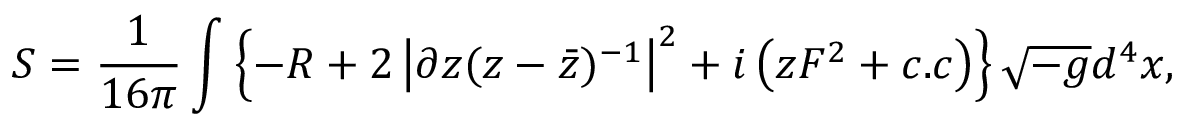
S = \frac { 1 } { 1 6 \pi } \int \left\{ - R + 2 \left| \partial z ( z - { \bar { z } } ) ^ { - 1 } \right| ^ { 2 } + i \left( z { \cal F } ^ { 2 } + c . c \right) \right\} \sqrt { - g } d ^ { 4 } x ,